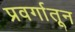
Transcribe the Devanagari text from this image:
प्रवर्गातून